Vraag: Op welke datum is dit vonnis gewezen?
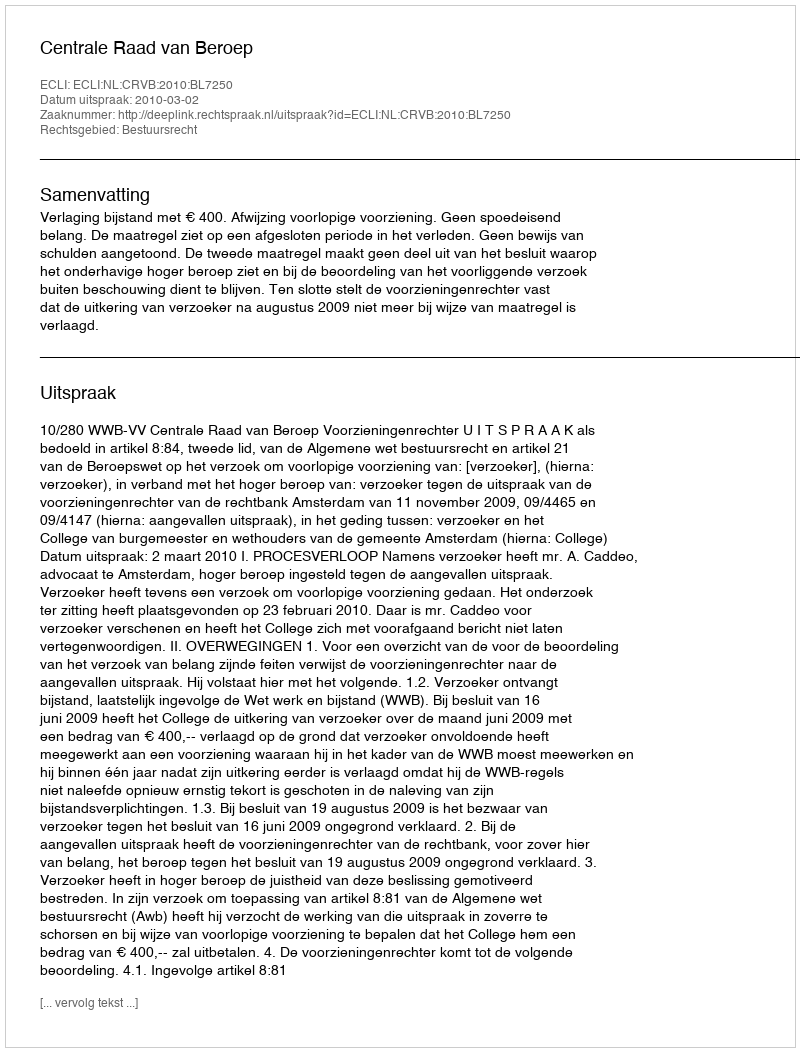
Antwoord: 2010-03-02